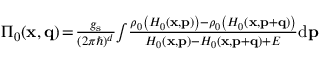
\begin{array} { r } { \Pi _ { 0 } ( \mathbf { x } , \mathbf { q } ) \! = \! \frac { g _ { \mathrm { s } } } { ( 2 \pi \hbar ) ^ { d } } \! \int \! \frac { \rho _ { 0 } \left( H _ { 0 } ( \mathbf { x } , \mathbf { p } ) \right) - \rho _ { 0 } \left( H _ { 0 } ( \mathbf { x } , \mathbf { p } + \mathbf { q } ) \right) } { H _ { 0 } ( \mathbf { x } , \mathbf { p } ) - H _ { 0 } ( \mathbf { x } , \mathbf { p } + \mathbf { q } ) + E } \mathrm { d } \mathbf { p } } \end{array}